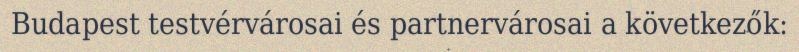
Budapest testvérvárosai és partnervárosai a következők: